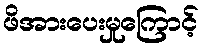
ဖိအားပေးမှုကြောင့်